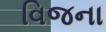
વિજના